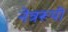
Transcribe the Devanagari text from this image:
नेत्ररूपी